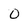
Character: 0